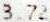
3.72